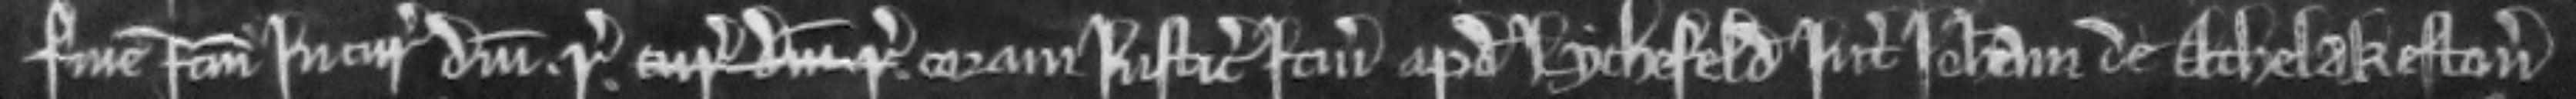
finem factum in curia domini regis coram justiciariis itinerantibus apud Lychefeld inter Johannam de Athelakeston